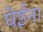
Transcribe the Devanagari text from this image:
घेईन।